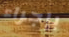
بإجراء